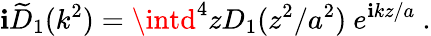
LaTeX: \mathbf{i}\widetilde{D}_{1}(k^{2})=\intd^{4}zD_{1}(z^{2}/a^{2})\ e^{\mathbf{i}kz/a}~.